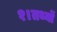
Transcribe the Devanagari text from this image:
१।तथ्यों